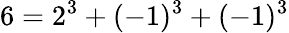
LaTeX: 6=2^{3}+(-1)^{3}+(-1)^{3}